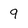
Character: 9